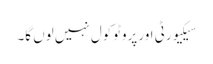
سیکیورٹی اور پروٹوکول نہیں لوں گا۔